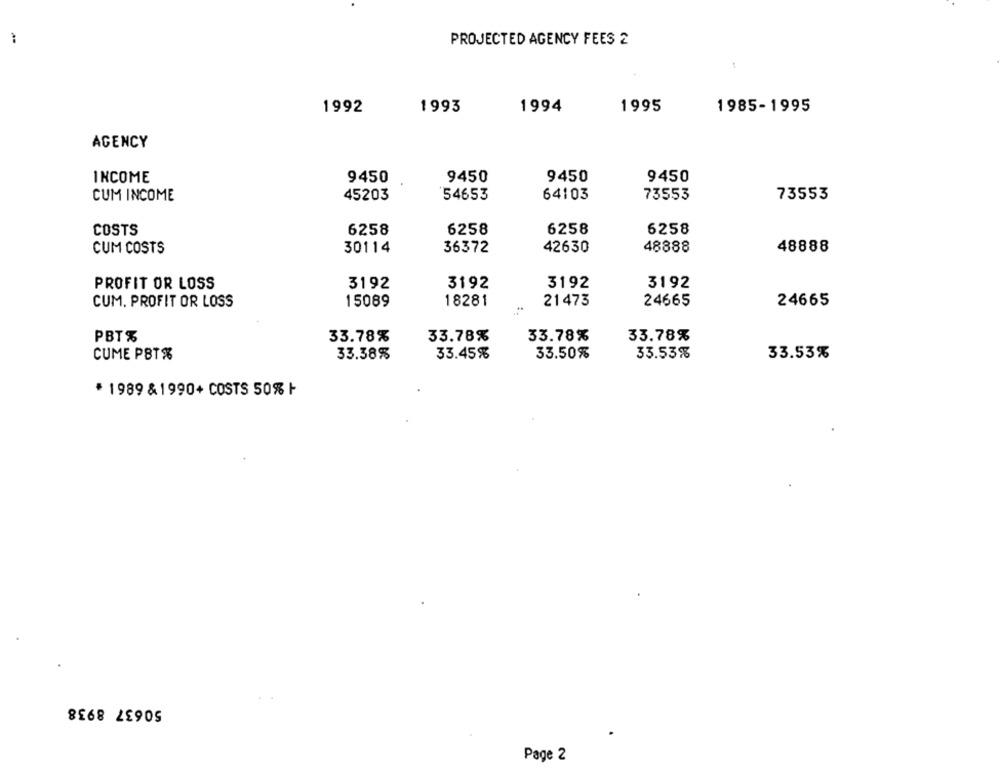
PROJECTED AGENCY FEES 2
1993
1994
1995
1985-1995
1992
AGENCY
9450
INCOME
9450
9450
9450
CUM INCOME
45203
54653
64103
73553
73553
COSTS
6258
6258
6258
6258
42630
48888
48888
CUM COSTS
30114
36372
PROFIT OR LOSS
3192
3192
3192
3192
21473
24665
24665
CUM. PROFIT OR LOSS
15089
18281
PBT%
33.78%
33.78%
33.78%
33.78%
CUME PST%
33.38%
33.45%
33.50%
33.53%
33.53%
* 1989 &1990+ COSTS 50% |
50637 8938
Page 2